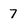
Character: 7